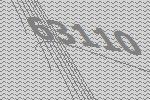
63110